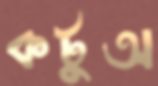
কটুঅ